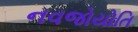
નવજોયોતિ